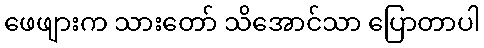
ဖေဖျားက သားတော် သိအောင်သာ ပြောတာပါ